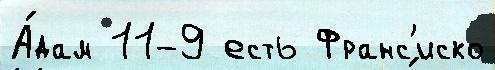
А́дам 11-9 есть Франс'иско